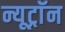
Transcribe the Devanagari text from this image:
न्यूट्राॅन